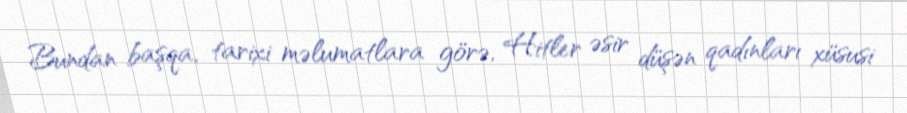
Bundan başqa, tarixi məlumatlara görə, Hitler əsir düşən qadınları xüsusi